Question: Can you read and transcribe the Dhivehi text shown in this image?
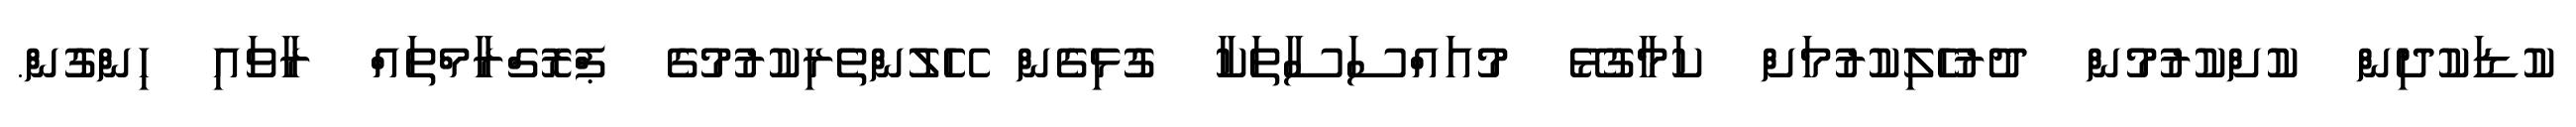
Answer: ކުޑަކުދިން ކުށްކުރުމުން ދުރުހެލިކުރުމަށް ކަމާގުޅޭ މުއައްސަސާތަކާ ގުޅިގެން ހޭލުންތެރިކުރުމުގެ ޕްރޮގްރާމްތައް ރާވައި ހިންގުން.